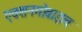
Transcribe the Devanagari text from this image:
एक्शनमोबाइल